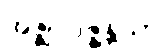
အဇ္ဈာပဇ္ဇန္တိယာ